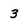
Character: 3